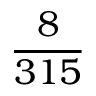
\frac { 8 } { 3 1 5 }